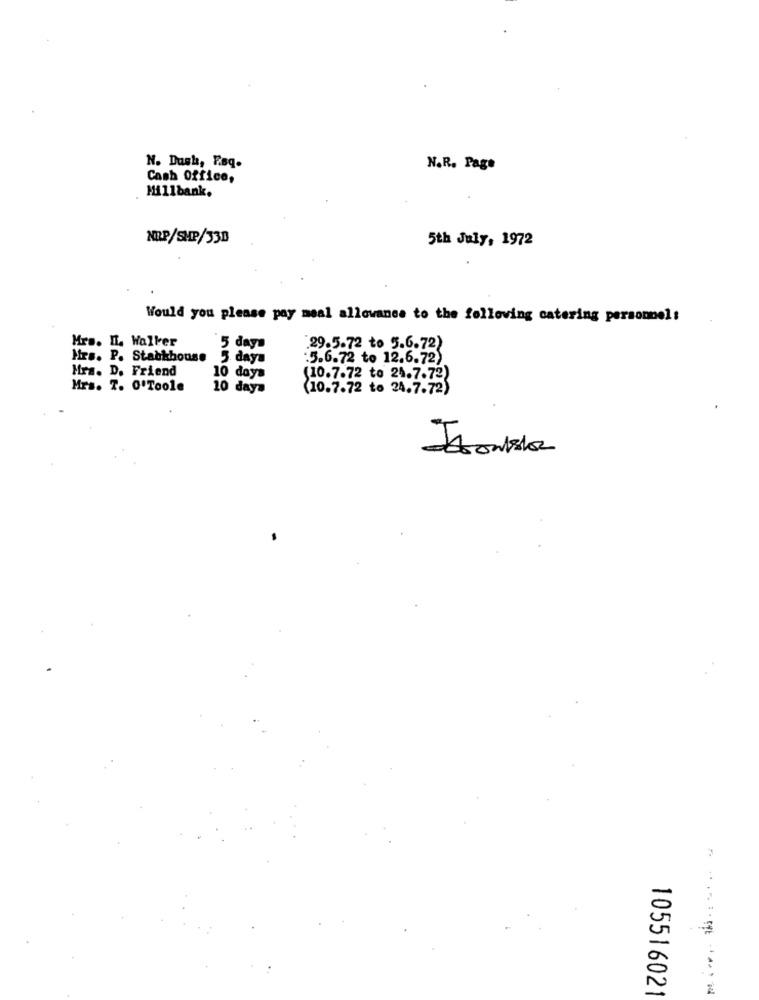
N. Dush, Fsq.
N.R. Page
Cash Office,
Millbank.
NRP/SHP/330
5th July, 1972
Would you please pay meal allowance to the following catering personnel :
Mrs. IL. Walker
5 days
.29.5.72 to 5.6.72)
Mrs. P. Stackhouse
5 days
.5.6.72 to 12.6.72)
Mrs. D. Friend
10 days
(10.7.72 to 24.7.72)
Mrs. 7. 0'Toole
10 days
(10.7.72 to 24.7.72)
105516021